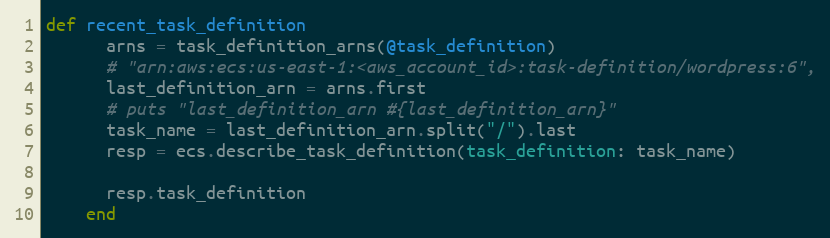
Language: Ruby
def recent_task_definition
      arns = task_definition_arns(@task_definition)
      # "arn:aws:ecs:us-east-1:<aws_account_id>:task-definition/wordpress:6",
      last_definition_arn = arns.first
      # puts "last_definition_arn #{last_definition_arn}"
      task_name = last_definition_arn.split("/").last
      resp = ecs.describe_task_definition(task_definition: task_name)

      resp.task_definition
    end